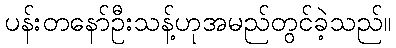
ပန်းတနော်ဦးသန့်ဟုအမည်တွင်ခဲ့သည်။